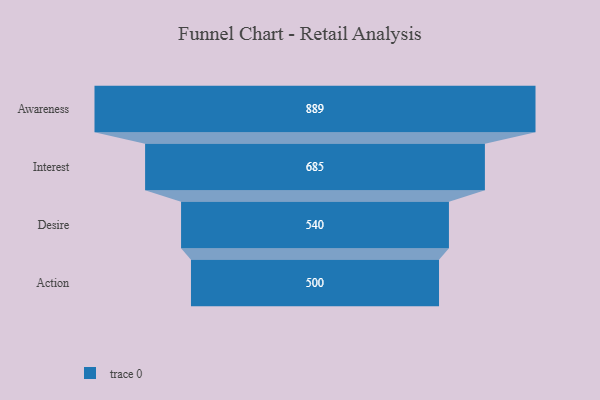
{"axis": {"x": "Stage", "y": "Value"}, "legend": [""], "data": [{"x": "Awareness", "y": 889.0, "type": ""}, {"x": "Interest", "y": 685.0, "type": ""}, {"x": "Desire", "y": 540.0, "type": ""}, {"x": "Action", "y": 500, "type": ""}]}